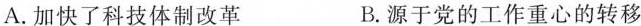
A.加快了科技体制改革 B.源于党的工作重心的转移